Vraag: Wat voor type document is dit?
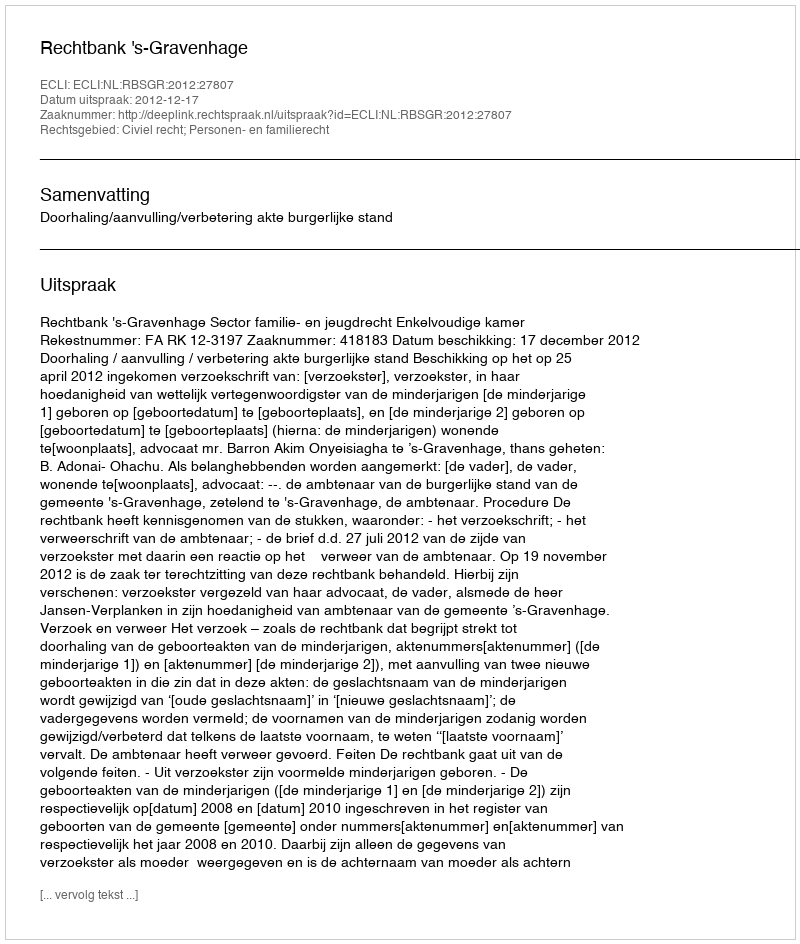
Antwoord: Uitspraak